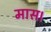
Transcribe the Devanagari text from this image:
मास।